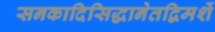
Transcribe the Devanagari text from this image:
सनकादिसिद्धानेतद्विमर्शे